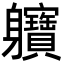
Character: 軉